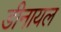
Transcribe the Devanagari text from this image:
डीनायल